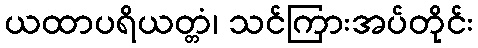
ယထာပရိယတ္တံ၊ သင်ကြားအပ်တိုင်း